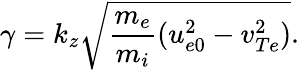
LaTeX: \gamma=k_{z}\sqrt{\frac{m_{e}}{m_{i}}(u_{e0}^{2}-v_{Te}^{2})}.